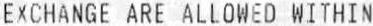
EXCHANGE ARE ALLOWED WITHIN